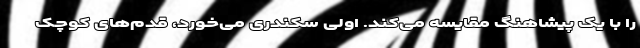
را با یک پیشاهنگ مقایسه می‌کند. اولی سکندری می‌خورد، قدم‌های کوچک